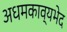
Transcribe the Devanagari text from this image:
अधमकाव्यभेद